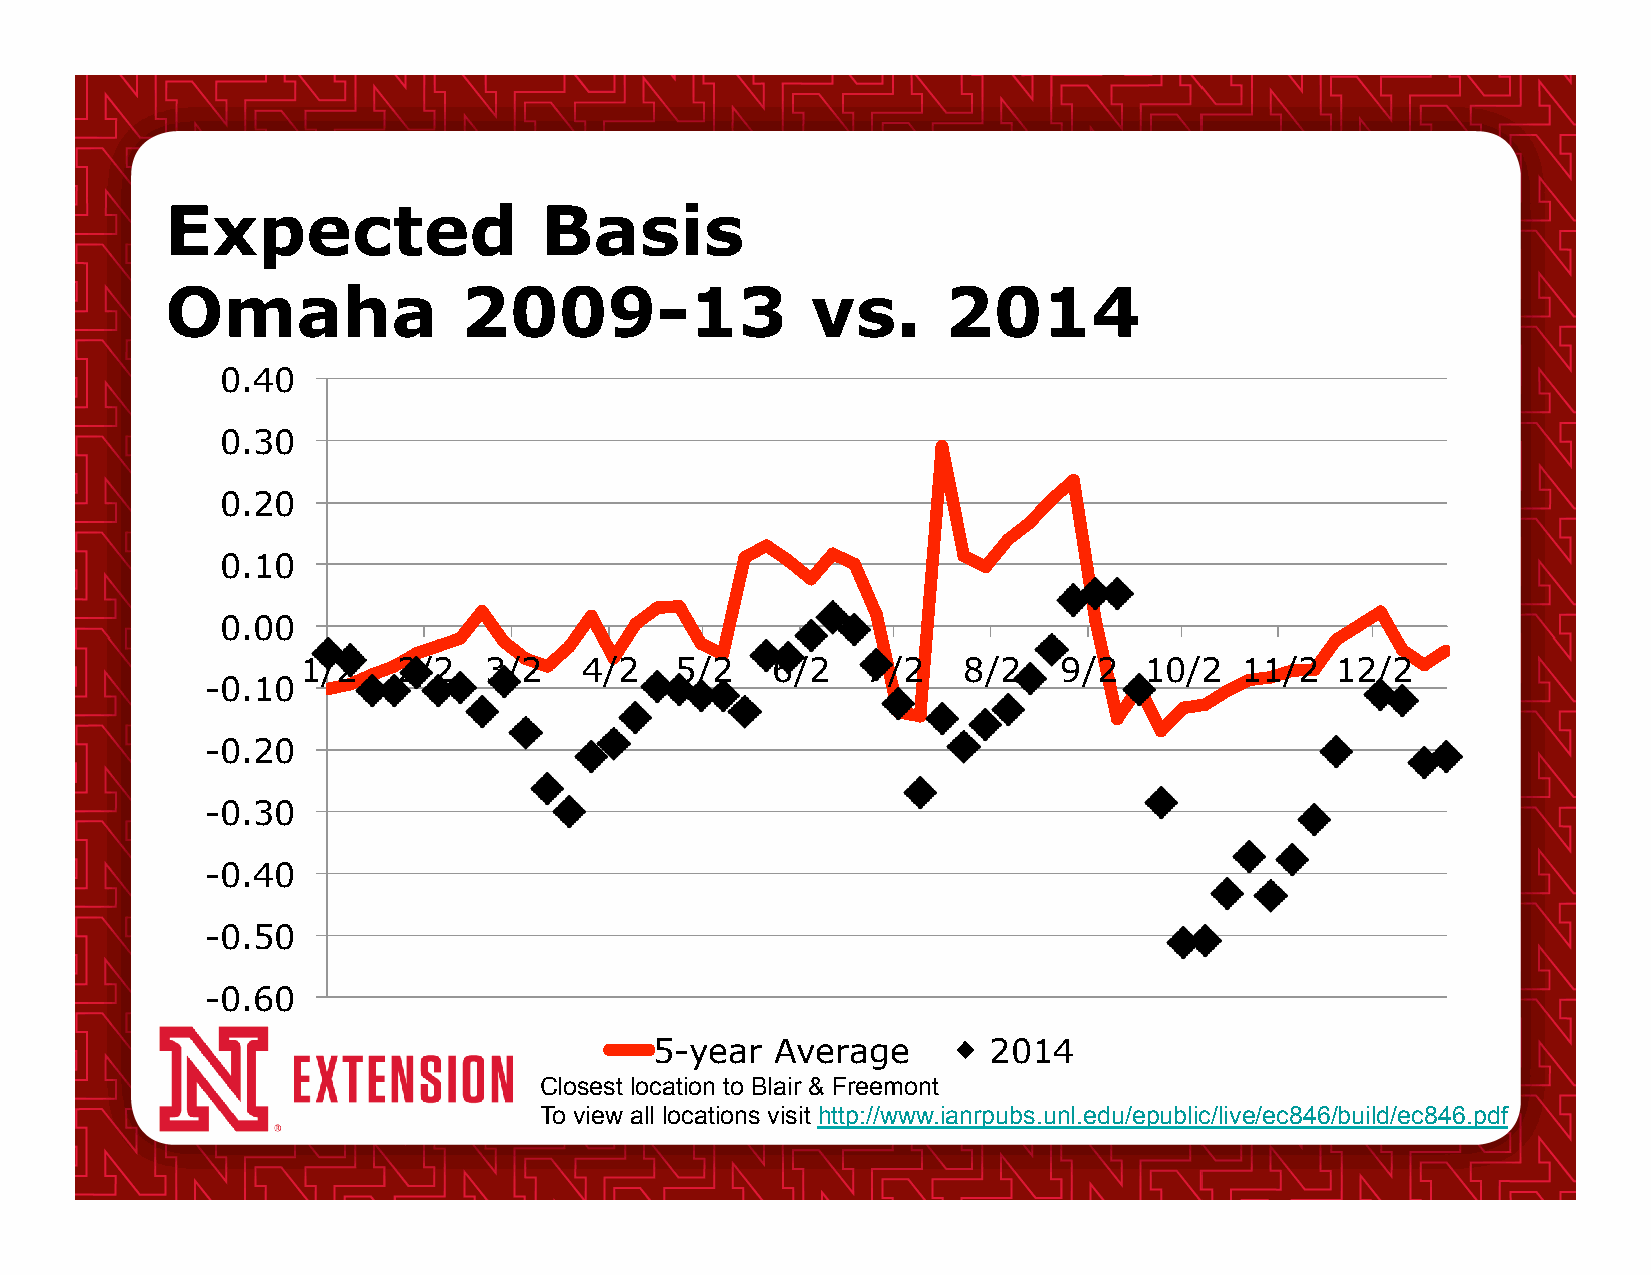
Expected                 Basis
 Omaha              2009-13                 vs.      2014
 0.40
 0.30
 0.20
 0.10
 0.00
 1/2   2/2   3/2   4/2    5/2   6/2   7/2    8/2   9/2   10/2  11/2  12/2
 -0.10
 -0.20
 -0.30
 -0.40
 -0.50
 -0.60
 5-year  Average       2014
 Closest location to Blair & Freemont
 To view all locations visit http://www.ianrpubs.unl.edu/epublic/live/ec846/build/ec846.pdf